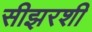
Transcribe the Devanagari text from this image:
सीझरशी